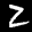
Label: 2